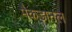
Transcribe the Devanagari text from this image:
मैकडानल